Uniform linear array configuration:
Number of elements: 4
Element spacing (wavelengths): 0.5
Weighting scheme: hamming
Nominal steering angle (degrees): -15
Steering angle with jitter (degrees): -16.96
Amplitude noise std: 0.05
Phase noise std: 0.05

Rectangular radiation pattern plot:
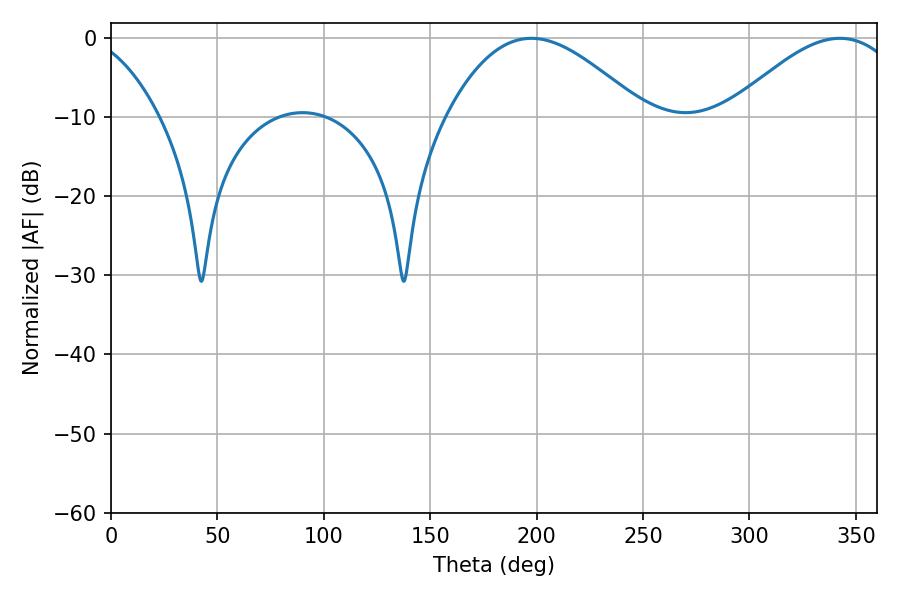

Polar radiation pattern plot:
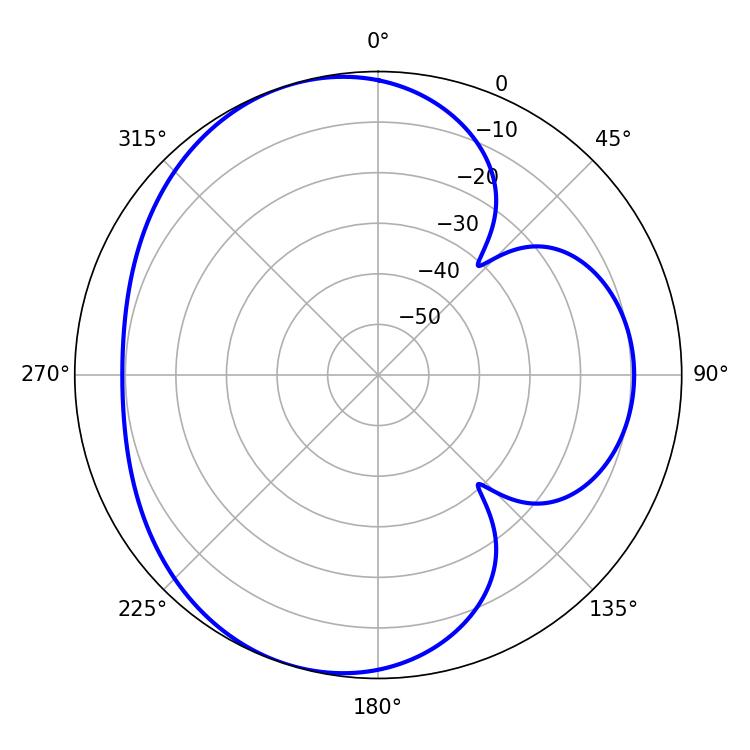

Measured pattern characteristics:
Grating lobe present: FALSE
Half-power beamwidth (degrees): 49.86
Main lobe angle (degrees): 197.46